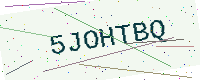
Text: 5JOHTBQ